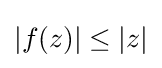
|f(z)|\leq |z|